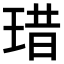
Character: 𤦘